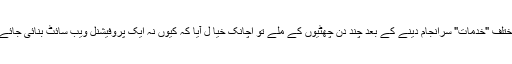
مختلف "خدمات" سرانجام دینے کے بعد چند دن چھٹیوں کے ملے تو اچانک خیا ل آیا کہ کیوں نہ ایک پروفیشنل ویب سائٹ بنائی جائے؟